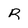
Character: R